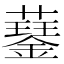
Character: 𧂖